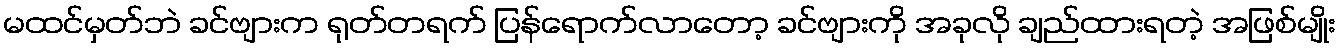
မထင်မှတ်ဘဲ ခင်ဗျားက ရုတ်တရက် ပြန်ရောက်လာတော့ ခင်ဗျားကို အခုလို ချည်ထားရတဲ့ အဖြစ်မျိုး